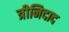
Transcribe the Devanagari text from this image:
त्रीनिदाद